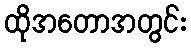
ထိုအတောအတွင်း